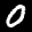
Label: 0